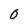
Character: 0